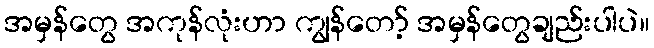
အမှန်တွေ အကုန်လုံးဟာ ကျွန်တော့် အမှန်တွေချည်းပါပဲ။